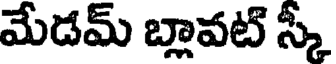
మేడమ్ బ్లావట్ స్కీ